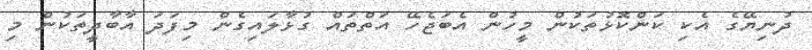
ދުނިޔޭގެ އެކި ކަންކޮޅުތަކުން މީހުން އެބަޖެހޭ އަތްތައް ގުޅާލައިގެން މިފަދަ އާބާދީތަކުން މި